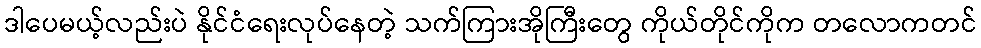
ဒါပေမယ့်လည်းပဲ နိုင်ငံရေးလုပ်နေတဲ့ သက်ကြားအိုကြီးတွေ ကိုယ်တိုင်ကိုက တလောကတင်